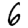
Digit: 6